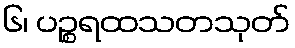
၆၊ ပဉ္စရထသတသုတ်